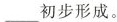
___初步形成。